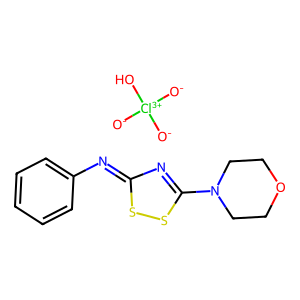
SMILES: [O-][Cl+3]([O-])([O-])O.c1ccc(N=c2nc(N3CCOCC3)ss2)cc1
Inhibits HIV replication: No